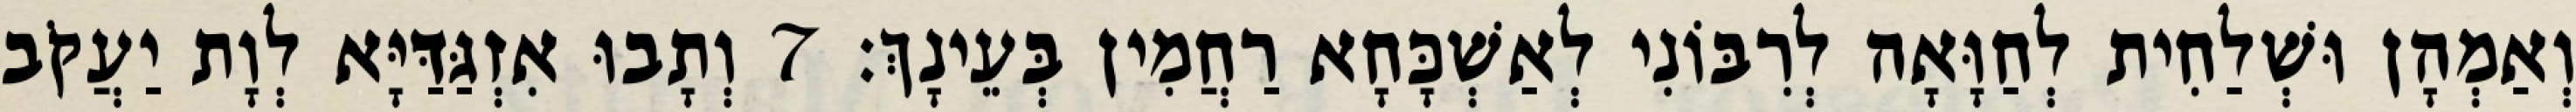
וְאַמְהָן וּשְׁלַחִית לְחַוָּאָה לְרִבּוֹנִי לְאַשְׁכָּחָא רַחֲמִין בְּעֵינָךְ׃ 7 וְתָבוּ אִזְגַּדַּיָּא לְוָת יַעֲקֹב